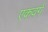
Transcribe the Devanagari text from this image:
एकवर्ग